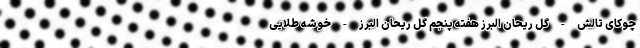
چوکای تالش - گل ریحان البرز هفته پنجم گل ریحان البرز - خوشه طلایی